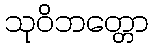
သုဝိဘတ္တော